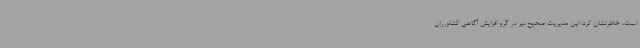
است، خاطرنشان کرد: این مدیریت صحیح نیز در گرو افزایش آگاهی کشاورزان